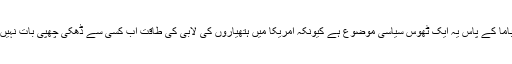
‘‘ اوباما کے پاس یہ ایک ٹھوس سیاسی موضوع ہے کیونکہ امریکا میں ہتھیاروں کی لابی کی طاقت اب کسی سے ڈھکی چھُپی بات نہیں ہے۔